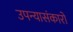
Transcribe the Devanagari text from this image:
उपन्यासंकारों